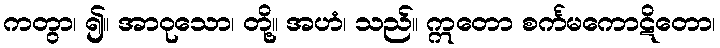
ကတွာ၊ ၍။ အာဝုသော၊ တို့။ အဟံ၊ သည်။ ဣတော စင်္ကမကောဋိတော၊